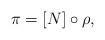
LaTeX: \begin{align*}\pi = [N]\circ\rho,\end{align*}